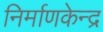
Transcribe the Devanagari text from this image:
निर्माणकेन्द्र